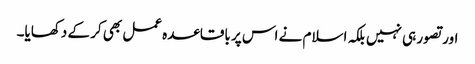
اور تصور ہی نہیں بلکہ اسلام نے اس پر باقاعدہ عمل بھی کر کے دکھایا۔